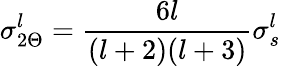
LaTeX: \sigma_{2\Theta}^{l}={\frac{6l}{(l+2)(l+3)}}\sigma_{s}^{l}